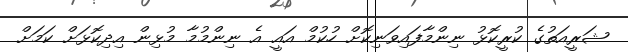
ޝަރީއަތުގެ ކުރީކޮޅު ނިންމާފައިވަނިކޮށް ހުކުމް އައީ އެ ނިންމުމާ މުޅިން އިދިކޮޅަށް ކަމަށް